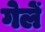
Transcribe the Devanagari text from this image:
गेलें